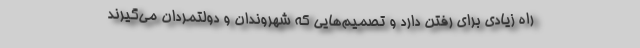
راه زیادی برای رفتن دارد و تصمیم‌هایی که شهروندان و دولتمردان می‌گیرند